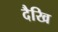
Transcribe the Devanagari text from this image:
दैखि